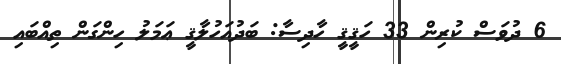
6 ދުވަސް ކުރިން 33 ހަޤީޤީ ހާދިސާ: ބަދުއަހުލާޤީ ޢަމަލު ހިންގަން ތިއްބައި